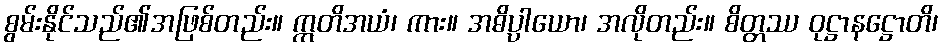
စွမ်းနိုင်သည်၏အဖြစ်တည်း။ ဣတိအယံ၊ ကား။ အဓိပ္ပါယော၊ အလိုတည်း။ စိတ္တဿ ဝုဋ္ဌာနဋ္ဌောတိ၊